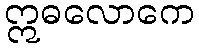
ဣဓလောကေ